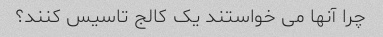
چرا آنها می خواستند یک کالج تاسیس کنند؟